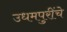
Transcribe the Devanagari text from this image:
उधमपुरींचे